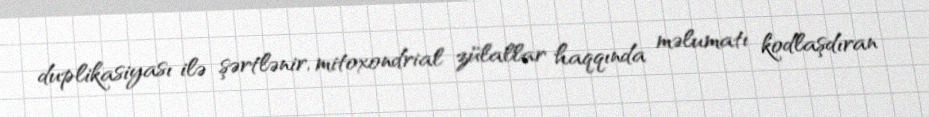
duplikasiyası ilə şərtlənir, mitoxondrial zülallar haqqında məlumatı kodlaşdıran